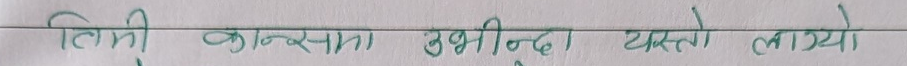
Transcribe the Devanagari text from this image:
तिमी कान्समा उभिन्यो यस्तो लाग्यो